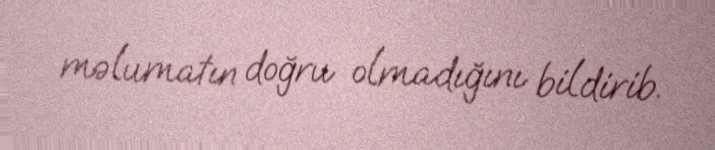
məlumatın doğru olmadığını bildirib.